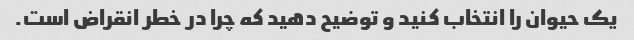
یک حیوان را انتخاب کنید و توضیح دهید که چرا در خطر انقراض است.